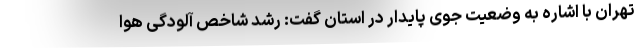
تهران با اشاره به وضعیت جوی پایدار در استان گفت: رشد شاخص آلودگی هوا